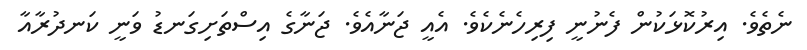
ނެތެވެ. އިރުކޮޅަކުން ފެނުނީ ފިރިހެނެކެވެ. އެއީ ޖަނާއެވެ. ޖަނާގެ އިސްތަށިގަނޑު ވަނީ ކަނދުރާއާ